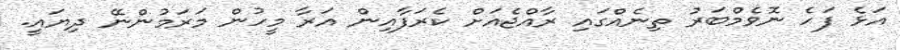
އަޅެ ފަހެ ނޮވެމްބަރު ތިނެއްގައި ރާއްޖެއަށް ކެރަފާއިން އަރާ މީހުން މަރަމުންނޭ ދިޔައީ.